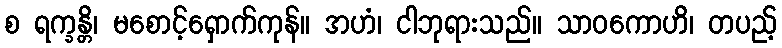
စ ရက္ခန္တိ၊ မစောင့်ရှောက်ကုန်။ အဟံ၊ ငါဘုရားသည်။ သာဝကောဟိ၊ တပည့်